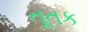
તૂતક